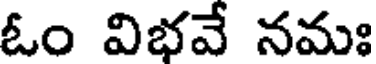
ఓం విభవే నమః